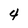
Character: 4